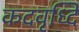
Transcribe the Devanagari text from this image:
कदवृध्दि